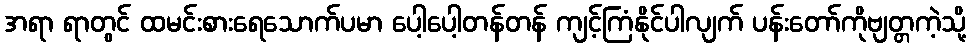
အရာ ရာတွင် ထမင်းစားရေသောက်ပမာ ပေါ့ပေါ့တန်တန် ကျင့်ကြံနိုင်ပါလျက် ပန်းတော်ကိုဗျတ္တကဲ့သို့